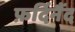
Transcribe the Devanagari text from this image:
फ़र्दिनैंद